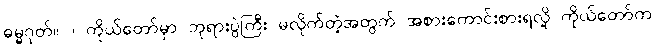
ဓမ္မဂုတ်။ ။ ကိုယ်တော်မှာ ဘုရားပွဲကြီး မလိုက်တဲ့အတွက် အစားကောင်းစားရလို့ ကိုယ်တော်က